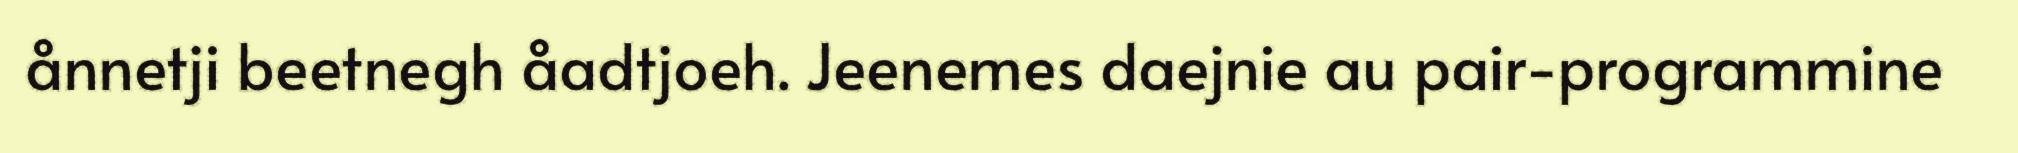
ånnetji beetnegh åadtjoeh. Jeenemes daejnie au pair-programmine